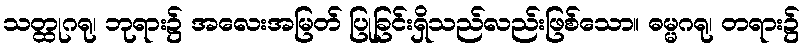
သတ္ထုဂရု၊ ဘုရား၌ အလေးအမြတ် ပြုခြင်းရှိသည်လည်းဖြစ်သော။ ဓမ္မဂရု၊ တရား၌